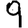
Digit: 9